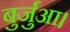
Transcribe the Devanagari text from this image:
बुर्जुआ।